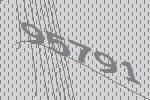
95791